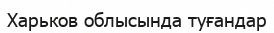
Харьков облысында туғандар